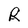
Character: R